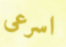
اسرعى